Black-water fever - Number 35
Disease focus: Fever
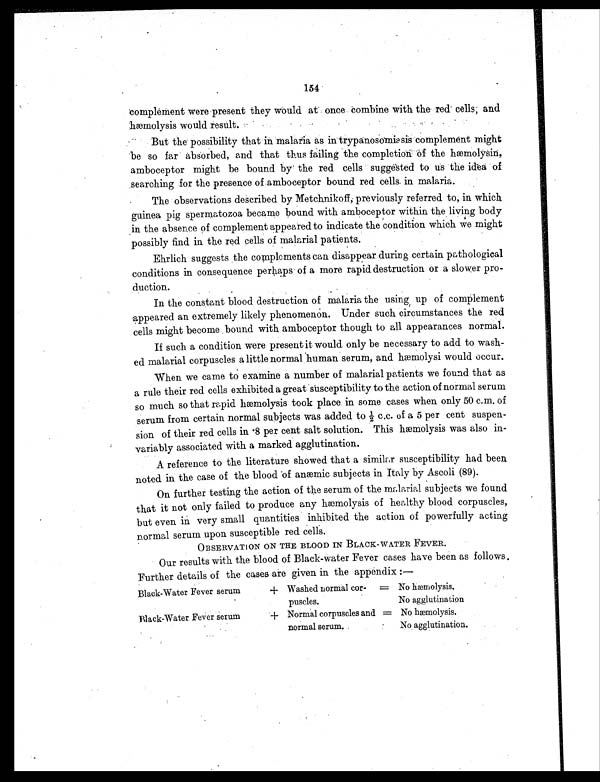
154
complement were present they would at once combine with the red cells; and
hæmolysis would result.
But the possibility that in malaria as in trypanosomiasis complement might
be so far absorbed, and that thus failing the completion of the hæmolysin,
amboceptor might be bound by the red cells suggested to us the idea of
searching for the presence of amboceptor bound red cells in malaria.
The observations described by Metchnikoff, previously referred to, in which
guinea pig spermatozoa became bound with amboceptor within the living body
in the absence of complement appeared to indicate the condition which we might
possibly find in the red cells of malarial patients.
Ehrlich suggests the complements can disappear during certain pathological
conditions in consequence perhaps of a more rapid destruction or a slower pro-
duction.
In the constant blood destruction of malaria the using up of complement
appeared an extremely likely phenomenon. Under such circumstances the red
cells might become bound with amboceptor though to all appearances normal.
If such a condition were present it would only be necessary to add to wash-
ed malarial corpuscles a little normal human serum, and hæmolysi would occur.
When we came to examine a number of malarial patients we found that as
a rule their red cells exhibited a great susceptibility to the action of normal serum
so much so that rapid hæmolysis took place in some cases when only 50 c.m. of
serum from certain normal subjects was added to ½ c.c. of a 5 per cent suspen-
sion of their red cells in .8 per cent salt solution. This hæmolysis was also in-
variably associated with a marked agglutination.
A reference to the literature showed that a similar susceptibility had been
noted in the case of the blood of anæmic subjects in Italy by Ascoli (89).
On further testing the action of the serum of the malarial subjects we found
that it not only failed to produce any hæmolysis of healthy blood corpuscles,
but even in very small quantities inhibited the action of powerfully acting
normal serum upon susceptible red cells.
OBSERVATION ON THE BLOOD IN BLACK-WATER FEVER.
Our results with the blood of Black-water Fever cases have been as follows.
Further details of the cases are given in the appendix :—
Black-Water Fever serum
+ Washed normal cor- = No hæmolysis.
puscles.
No agglutination
Black-Water Fever serum
+ Normal corpuscles and = No hæmolysis.
normal serum.
No agglutination.
•